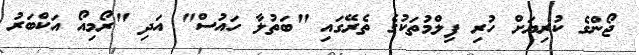
ޖޯންގެ ކުރިޔަށް ހުރި ފިލްމުތަކުގެ ތެރޭގައި "ބަތުލާ ހައުސް" އަދި "ރޯމިއޯ އަކްބަރު